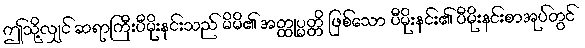
ဤသို့လျှင် ဆရာကြီးပီမိုးနင်းသည် မိမိ၏ အတ္ထုပ္ပတ္တိ ဖြစ်သော ပီမိုးနင်း၏ ပီမိုးနင်းစာအုပ်တွင်